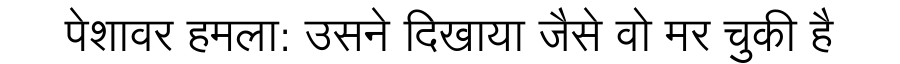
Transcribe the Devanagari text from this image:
पेशावर हमला: उसने दिखाया जैसे वो मर चुकी है